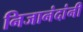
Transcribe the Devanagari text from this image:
निजानंदांनी